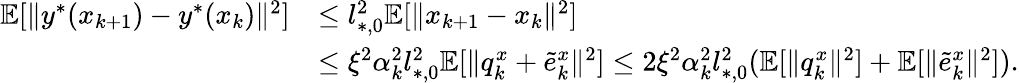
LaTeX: \begin{array}{rl}{\mathbb{E}[\| y^{*}(x_{k+1})-y^{*}(x_{k})\| ^{2}]}&{\le l_{*,0}^{2}\mathbb{E}[\| x_{k+1}-x_{k}\| ^{2}]}\\ &{\le\xi^{2}\alpha_{k}^{2}l_{*,0}^{2}\mathbb{E}[\| q_{k}^{x}+\tilde{e}_{k}^{x}\| ^{2}]\le 2\xi^{2}\alpha_{k}^{2}l_{*,0}^{2}(\mathbb{E}[\| q_{k}^{x}\| ^{2}]+\mathbb{E}[\| \tilde{e}_{k}^{x}\| ^{2}]).}\end{array}